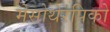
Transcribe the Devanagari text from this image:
मेसोथेरपिको